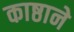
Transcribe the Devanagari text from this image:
काष्ठाने